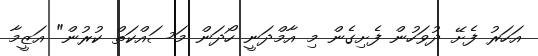
އަހަރު ފެށޭ ދުވަހުން ފެށިގެން މި އާމްދަނީ ހޯދަން މަސައްކަތް ކުރުން" އަޒީމާ